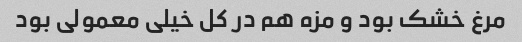
مرغ خشک بود و مزه هم در کل خیلی معمولی بود